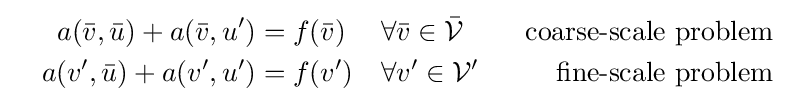
{\begin{aligned}&&a({\bar {v}},{\bar {u}})+a({\bar {v}},u')&=f({\bar {v}})&&\forall {\bar {v}}\in {\bar {\mathcal {V}}}&\,\,\,\,{\text{coarse-scale problem}}\\&&a(v',{\bar {u}})+a(v',u')&=f(v')&&\forall v'\in {\mathcal {V}}'&\,\,\,\,{\text{fine-scale problem}}\\\end{aligned}}